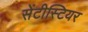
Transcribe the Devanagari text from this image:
सेंटीस्टियर